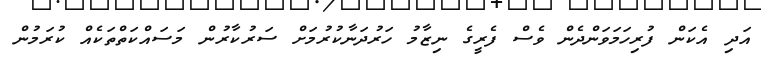
އަދި އެކަން ފުރިހަމަވަންދެން ވެސް ފެރީގެ ނިޒާމު ހަރުދަނާކުރުމަށް ސަރުކާރުން މަސައްކަތްތަކެއް ކުރަމުން